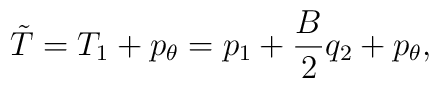
\tilde{T} = T_1 + p_\theta =  p_1 + \frac{B}{2}  q_2 + p_\theta,